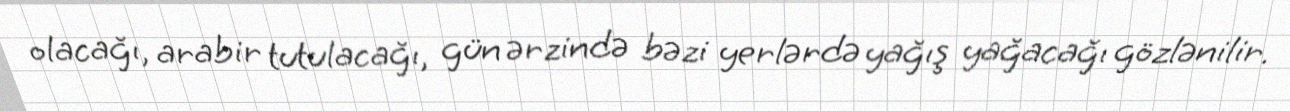
olacağı, arabir tutulacağı, gün ərzində bəzi yerlərdə yağış yağacağı gözlənilir.